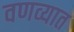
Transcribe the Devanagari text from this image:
वणव्यात